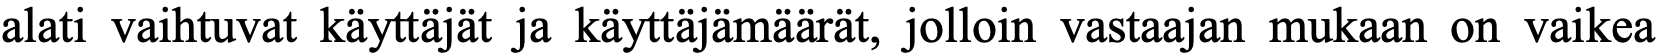
alati vaihtuvat käyttäjät ja käyttäjämäärät, jolloin vastaajan mukaan on vaikea